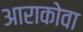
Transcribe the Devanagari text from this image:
आराकोवा